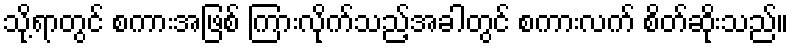
သို့ရာတွင် စကားအဖြစ် ကြားလိုက်သည့်အခါတွင် စကားလက် စိတ်ဆိုးသည်။